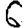
Digit: 6